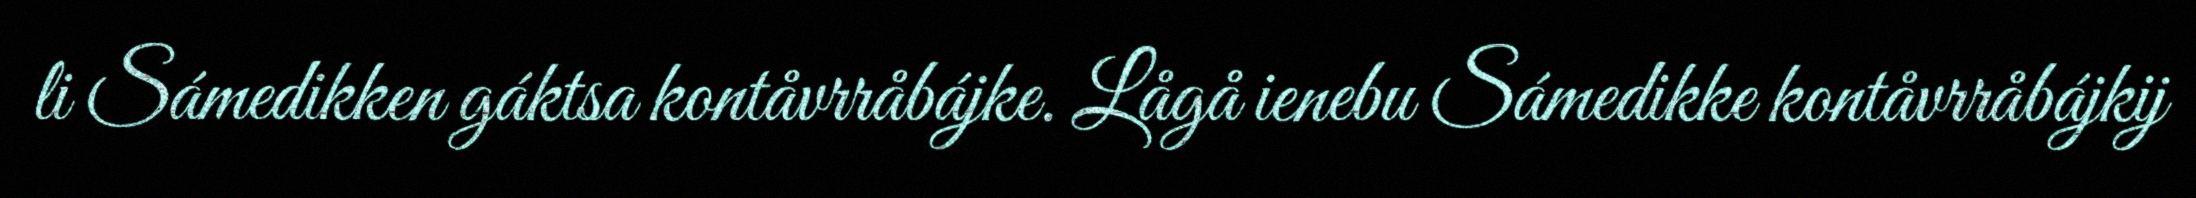
li Sámedikken gáktsa kontåvrråbájke. Lågå ienebu Sámedikke kontåvrråbájkij